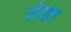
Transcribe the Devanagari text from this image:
गोरडन